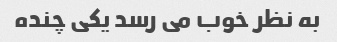
به نظر خوب می رسد یکی چنده